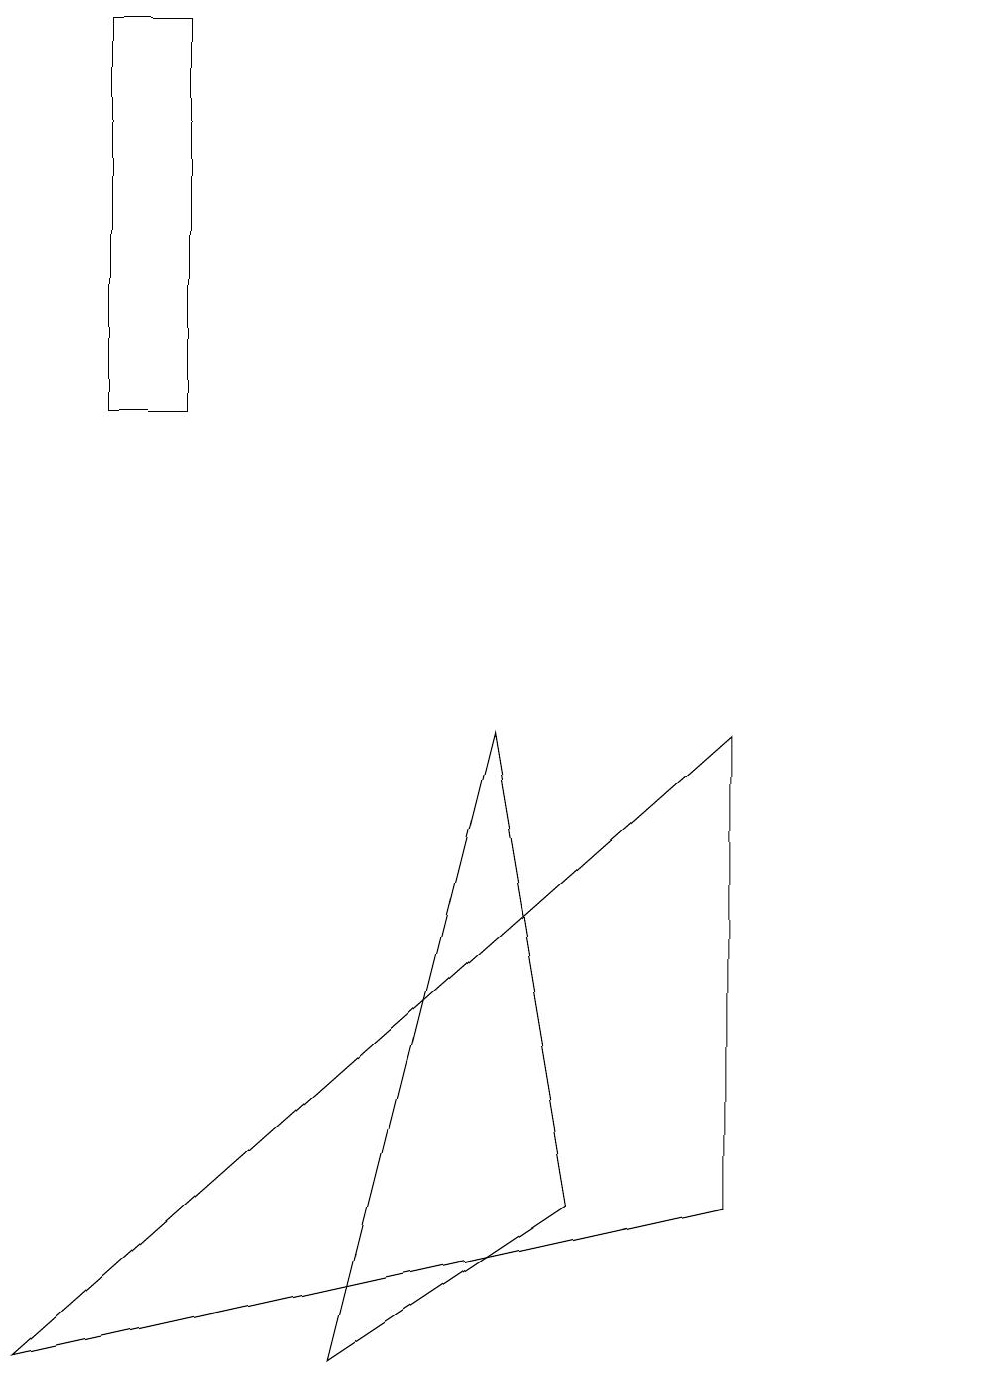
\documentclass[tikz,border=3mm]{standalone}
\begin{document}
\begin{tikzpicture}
\draw (6,8) -- (7,2) -- (4,0) -- cycle;
\draw (1,17) rectangle (2,12);
\draw (12,10) circle (0);
\draw (9,8) -- (9,2) -- (0,0) -- cycle;
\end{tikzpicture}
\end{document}